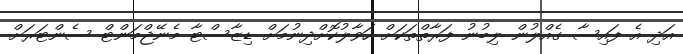
އަދި އެ ފައިސާ ގެއްލުން ލިބުނު ފަރާތްތަކަށް ހަވާލުކޮށްދިނުމަށް ޑިޒާސްޓާ މެނޭޖްމަންޓް ސެންޓަރަށް